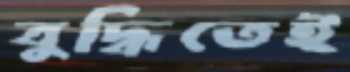
বুদ্ধিতেই